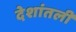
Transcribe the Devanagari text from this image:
देशांतली